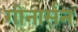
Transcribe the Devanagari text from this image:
गोनार्सन